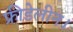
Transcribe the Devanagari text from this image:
फ्रीडेलीन।